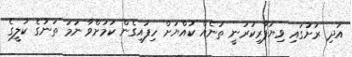
އަދި ރަށުގައި ވިޔަފާރިކުރަނީ ތަނެއް ކުއްޔަށް ހިފައިގެން ކަމަށްވާ ނަމަ ތަނުގެ ކުލީގެ